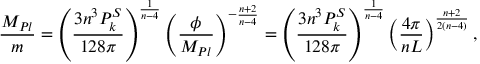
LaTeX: { \frac { M _ { P l } } { m } } = \left( { \frac { 3 n ^ { 3 } P _ { k } ^ { S } } { 1 2 8 \pi } } \right) ^ { { \frac { 1 } { n - 4 } } } \left( { \frac { \phi } { M _ { P l } } } \right) ^ { - { \frac { n + 2 } { n - 4 } } } = \left( { \frac { 3 n ^ { 3 } P _ { k } ^ { S } } { 1 2 8 \pi } } \right) ^ { { \frac { 1 } { n - 4 } } } \left( { \frac { 4 \pi } { n L } } \right) ^ { { \frac { n + 2 } { 2 ( n - 4 ) } } } ,